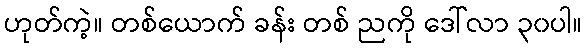
ဟုတ်ကဲ့။ တစ်ယောက် ခန်း တစ် ညကို ဒေါ်လာ ၃၀ပါ။